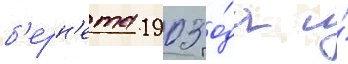
б'ерн'ета 1903 го́да и́